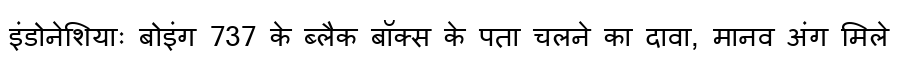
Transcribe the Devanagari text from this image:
इंडोनेशियाः बोइंग 737 के ब्लैक बॉक्स के पता चलने का दावा, मानव अंग मिले